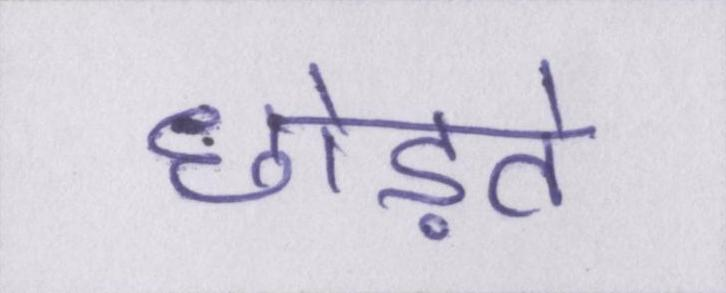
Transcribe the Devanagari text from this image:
छोड़ते